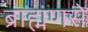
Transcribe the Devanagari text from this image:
ब्राह्मणसे